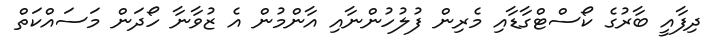
ދިފާއީ ބާރުގެ ކޯސްޓްގާޑާއި މެރިން ފުލުހުންނާއި އާންމުން އެ ޒުވާނާ ހޯދަން މަސައްކަތް